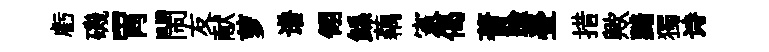
虧磯胃閙友献萝谱翎鲧藕憲偈蓍踰瑩措歟黯獨诗